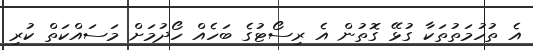
އެ ތުހުމަތުތަކާ ގުޅޭ ގޮތުން އެ ރިސޯޓުގެ ބަހެއް ހޯދުމަށް މަސައްކަތް ކުރި